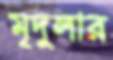
মৃদুলার